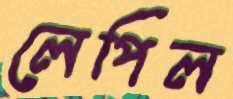
লেপিল